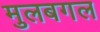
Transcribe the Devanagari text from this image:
मुलबगल